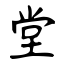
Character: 堂